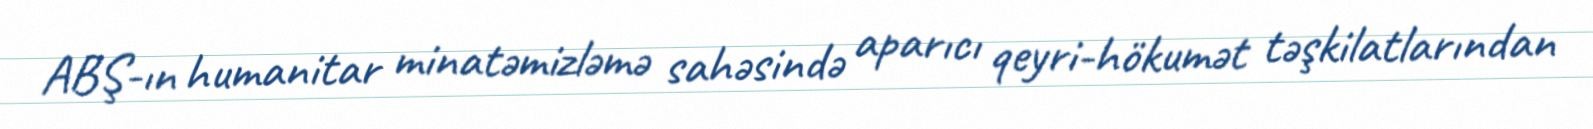
ABŞ-ın humanitar minatəmizləmə sahəsində aparıcı qeyri-hökumət təşkilatlarından